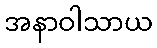
အနာဝါသာယ